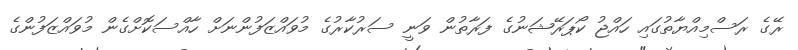
ރޭގެ ރަސްމިއްޔާތުގައި ހައްޖު ކޯޕަރޭޝަނުގެ ފަރާތުން ވަނީ ސަރުކާރުގެ މުވައްޒަފުންނަށް ހާއްސަކޮށްގެން މުވައްޒަފުންގެ